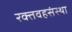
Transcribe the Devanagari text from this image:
रक्तवहसंस्था